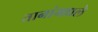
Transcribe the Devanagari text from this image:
तानांमधले